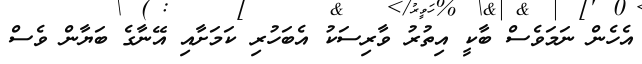
އެހެން ނަމަވެސް ބާކީ އިތުރު ވާރިސަކު އެބަހުރި ކަމަށާއި އޭނާގެ ބަޔާން ވެސް